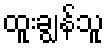
ထူးချွန်သူ